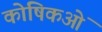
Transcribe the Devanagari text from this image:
कोषिकओं